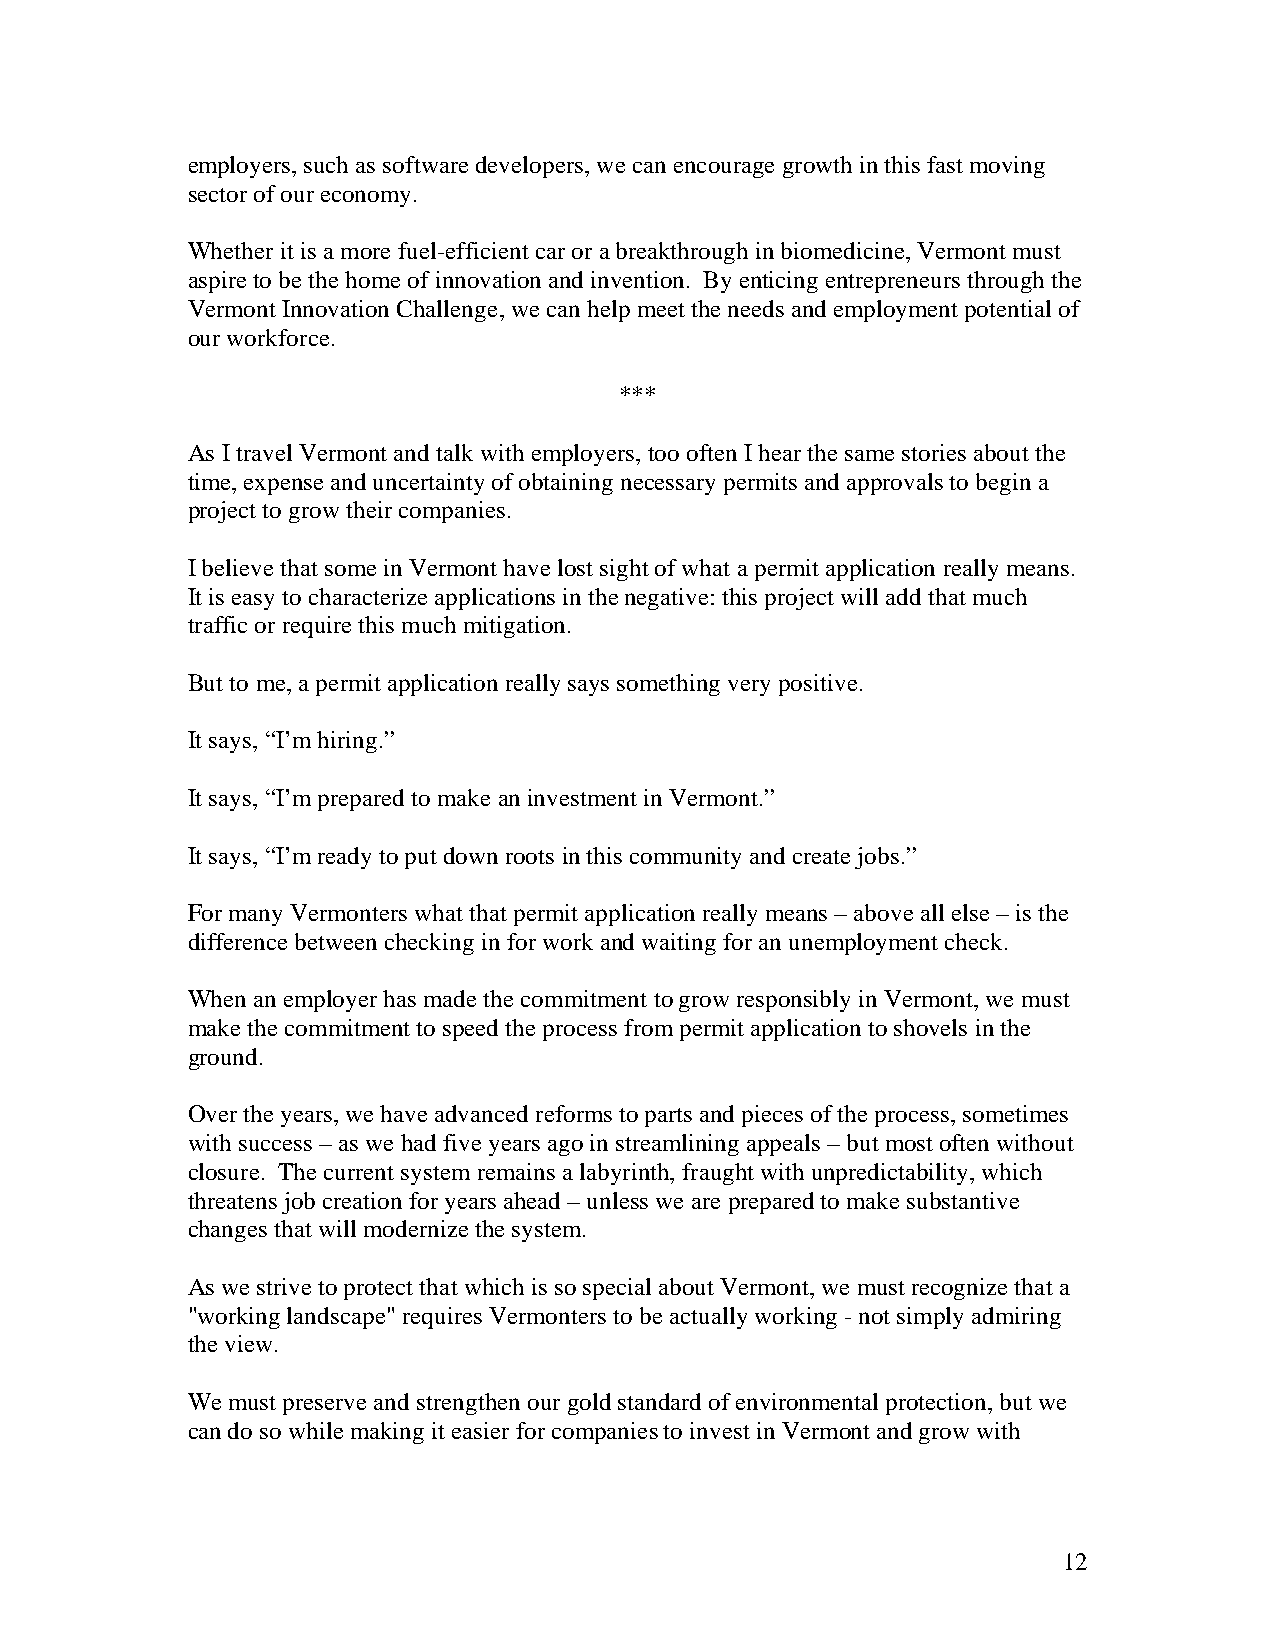
employers, such as software developers, we can encourage growth in this fast moving
 sector of our economy.
 Whether it is a more fuel-efficient car or a breakthrough in biomedicine, Vermont must
 aspire to be the home of innovation and invention. By enticing entrepreneurs through the
 Vermont Innovation Challenge, we can help meet the needs and employment potential of
 our workforce.
 ***
 As I travel Vermont and talk with employers, too often I hear the same stories about the
 time, expense and uncertainty of obtaining necessary permits and approvals to begin a
 project to grow their companies.
 I believe that some in Vermont have lost sight of what a permit application really means.
 It is easy to characterize applications in the negative: this project will add that much
 traffic or require this much mitigation.
 But to me, a permit application really says something very positive.
 It says, “I’m hiring.”
 It says, “I’m prepared to make an investment in Vermont.”
 It says, “I’m ready to put down roots in this community and create jobs.”
 For many Vermonters what that permit application really means – above all else – is the
 difference between checking in for work and waiting for an unemployment check.
 When an employer has made the commitment to grow responsibly in Vermont, we must
 make the commitment to speed the process from permit application to shovels in the
 ground.
 Over the years, we have advanced reforms to parts and pieces of the process, sometimes
 with success – as we had five years ago in streamlining appeals – but most often without
 closure. The current system remains a labyrinth, fraught with unpredictability, which
 threatens job creation for years ahead – unless we are prepared to make substantive
 changes that will modernize the system.
 As we strive to protect that which is so special about Vermont, we must recognize that a
 "working landscape" requires Vermonters to be actually working - not simply admiring
 the view.
 We must preserve and strengthen our gold standard of environmental protection, but we
 can do so while making it easier for companies to invest in Vermont and grow with
 12